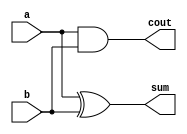
// This program was cloned from: https://github.com/sinkswim/veriloglib
// License: MIT License

module half_adder
(
    input a,
    input b,
    output sum,
    output cout
);

    assign sum = a ^ b;
    assign cout = a & b;

endmodule